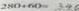
2 8 0 + 6 0 = 3 4 0